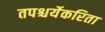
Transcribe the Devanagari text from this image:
तपश्चर्येकरिता